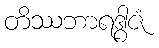
တိဿဘာရဒွါဇံ